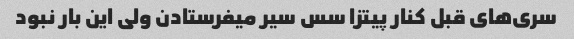
سری‌های قبل کنار پیتزا سس سیر میفرستادن ولی این بار نبود